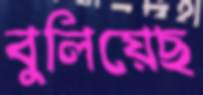
বুলিয়েছ